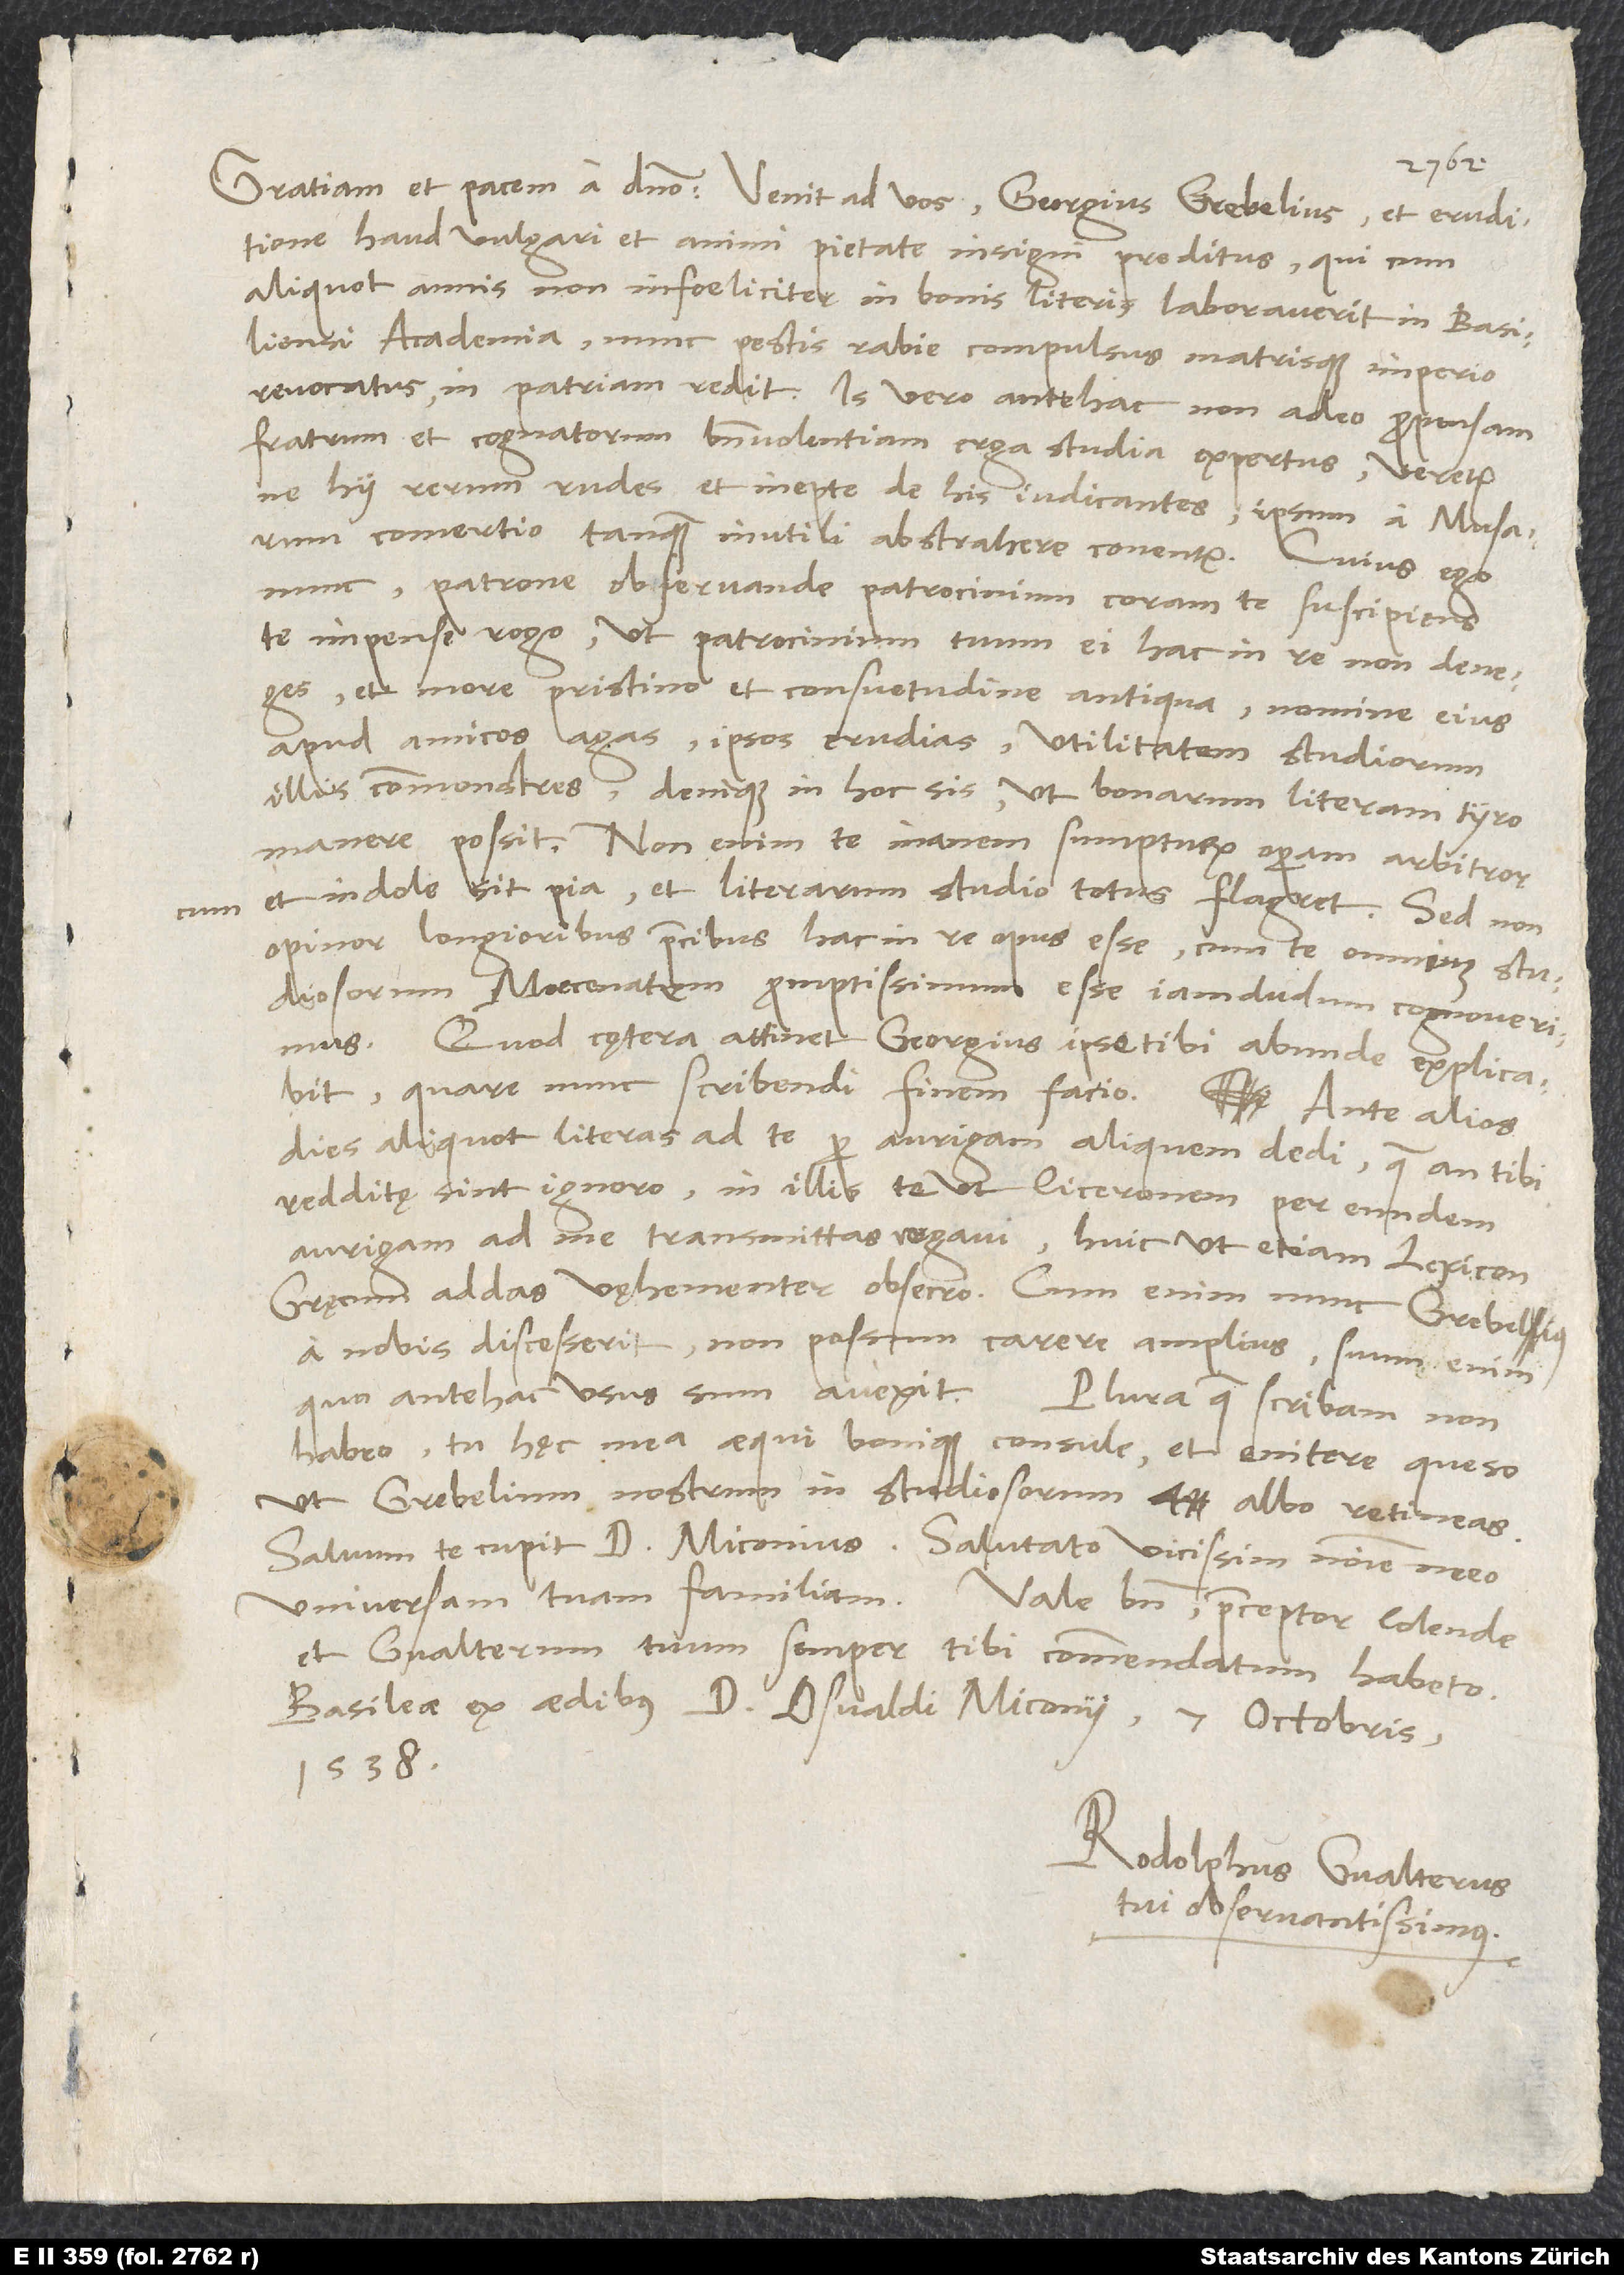
cum

haud vulgari et animi pietate insigni preditus, qui, cum
aliquot annis non infoeliciter in bonis literis laboraverit in Basiliensi
academia, nunc pestis rabie compulsus matrisque imperio
revocatus in patriam redit. Is vero antehac non adeo propensam
fratrum et cognatorum benevolentiam erga studia expertus veretur,
ne hii rerum rudes et inepte de his iudicantes ipsum a musarum
comertio tanquam inutili abstrahere conentur. Cuius ego
nunc, patrone observande, patrocinium coram te suscipiens
te impense rogo, ut patrocinium tuum ei hac in re non deneges
et more pristino et consuetudine antiqua nomine eius
apud amicos agas, ipsos erudias, utilitatem studiorum
illis commonstres, denique in hoc sis, ut bonarum literarum tyro
manere possit. Non enim te inanem sumpturum operam arbitror,
et indole sit pia et literarum studio totus flagret. Sed non
opinor longioribus precibus hac in re opus esse, cum te omnium studiosorum
Moecenatem promptissimum esse iamdudum cognoverimus.
Quod cętera attinet, Georgius ipse tibi abunde explicabit;
dies aliquot literas ad te per aurigam aliquem dedi, quae an tibi
redditę sint, ignoro. In illis te, ut Ciceronem per eundem
aurigam ad me transmittas, rogavi; huic ut etiam lexicon
Gręcum addas, vehementer obsecro. Cum enim nunc Grebelius
a nobis discesserit, non possum carere amplius; suum enim,
habeo. Tu hęc mea aequi bonique consule et enitere, queso,
ut Grebelium nostrum in studiosorum albo retineas.
Salvum te cupit d. Miconius. Salutato vicissim nomine meo
universam tuam familiam. Vale bene, praeceptor colende,
et Gvalterum tuum semper tibi commendatum habeto.
Basileae, ex aedibus d. Osvaldi Miconii, 7. octobris
1538.
Rodolphus Gvalterus,
tui observantissimus.